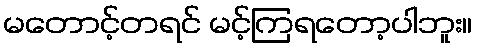
မတောင့်တရင် မင့်ကြရတော့ပါဘူး။